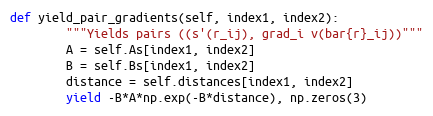
Language: Python
def yield_pair_gradients(self, index1, index2):
        """Yields pairs ((s'(r_ij), grad_i v(bar{r}_ij))"""
        A = self.As[index1, index2]
        B = self.Bs[index1, index2]
        distance = self.distances[index1, index2]
        yield -B*A*np.exp(-B*distance), np.zeros(3)